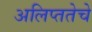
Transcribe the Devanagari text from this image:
अलिप्ततेचे